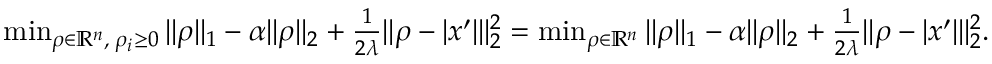
\begin{array} { r } { \operatorname* { m i n } _ { \rho \in \mathbb { R } ^ { n } , \; \rho _ { i } \geq 0 } \| \rho \| _ { 1 } - \alpha \| \rho \| _ { 2 } + \frac { 1 } { 2 \lambda } \| \rho - | x ^ { \prime } | \| _ { 2 } ^ { 2 } = \operatorname* { m i n } _ { \rho \in \mathbb { R } ^ { n } } \| \rho \| _ { 1 } - \alpha \| \rho \| _ { 2 } + \frac { 1 } { 2 \lambda } \| \rho - | x ^ { \prime } | \| _ { 2 } ^ { 2 } . } \end{array}